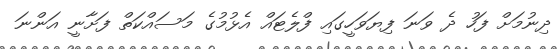
ދިނުމަށް ފަހު ދެ ވަނަ ފިޔަވަހީގައި ފްލެޓައް އެޅުމުގެ މަސައްކަތް ފަށާނީ އަންނަ